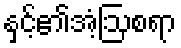
နှင့်၏အံ့ဩစရာ